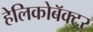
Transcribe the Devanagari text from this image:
हेलिकोबॅक्टर